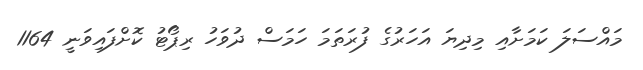
މައްސަލަ ކަމަށާއި މިދިޔަ އަހަރުގެ ފުރަތަމަ ހަމަސް ދުވަހު ރިޕޯޓު ކޮށްފައިވަނީ 1164